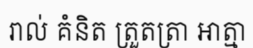
រាល់ គំនិត ត្រួតត្រា អាត្មា